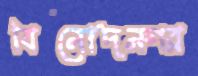
বিনোদনগর